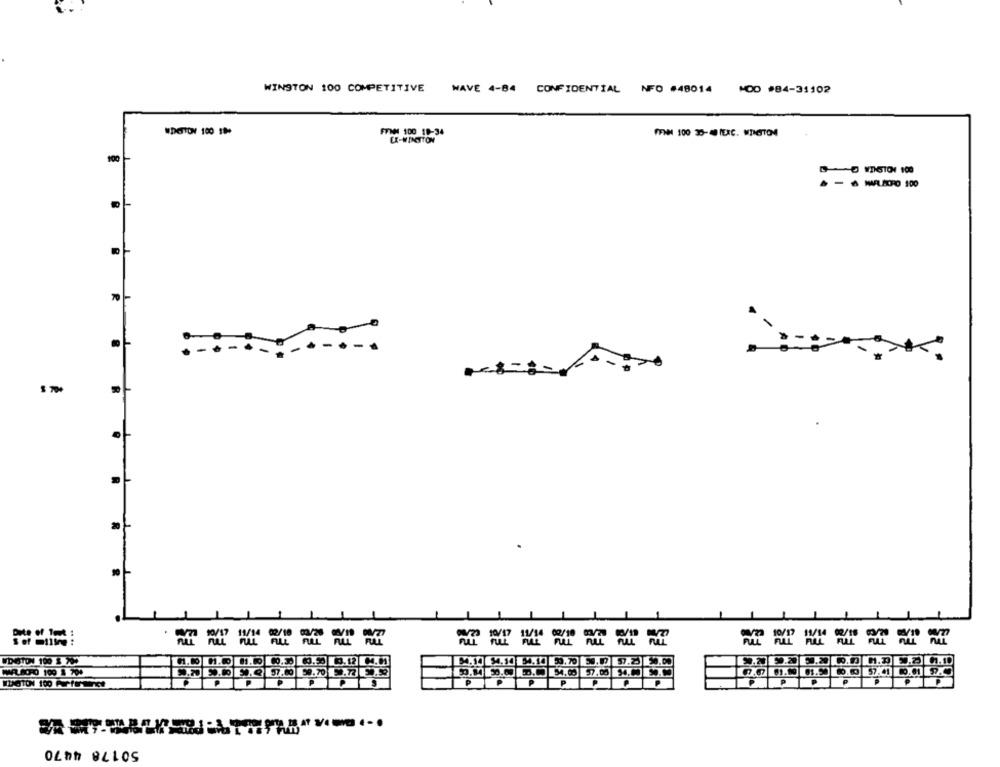
WINSTON 100 COMPETITIVE
WAVE 4-84 CONFIDENTIAL NFO #48014 +00 #84-31302
FFNM 100 10-34
WDETTONY 100 18+
100
O MDGTO1 100
= = = = = = =
WDSTON 100 3 755
P
P
P
50178 4470